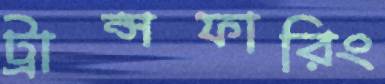
ট্রান্সফারিং